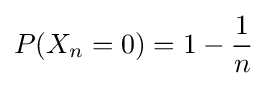
P(X_{n}=0)=1-{\frac {1}{n}}